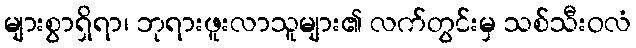
များစွာရှိရာ၊ ဘုရားဖူးလာသူများ၏ လက်တွင်းမှ သစ်သီးဝလံ